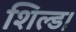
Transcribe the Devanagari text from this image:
शिल्ड।